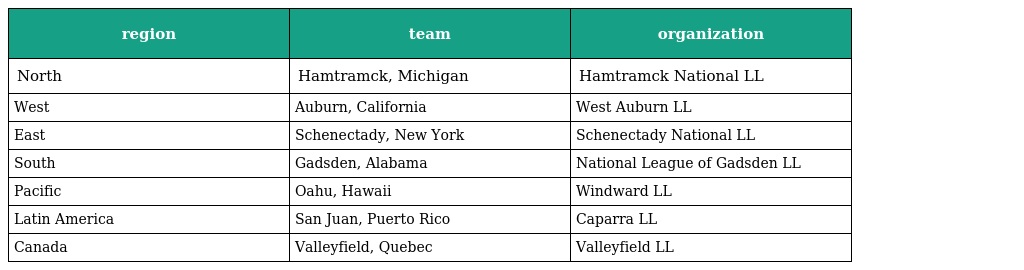
| region | team | organization |
 | --- | --- | --- |
 | North | Hamtramck, Michigan | Hamtramck National LL |
 | West | Auburn, California | West Auburn LL |
 | East | Schenectady, New York | Schenectady National LL |
 | South | Gadsden, Alabama | National League of Gadsden LL |
 | Pacific | Oahu, Hawaii | Windward LL |
 | Latin America | San Juan, Puerto Rico | Caparra LL |
 | Canada | Valleyfield, Quebec | Valleyfield LL |